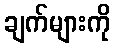
ချက်များကို